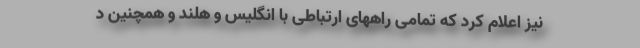
نیز اعلام کرد که تمامی راههای ارتباطی با انگلیس و هلند و همچنین د